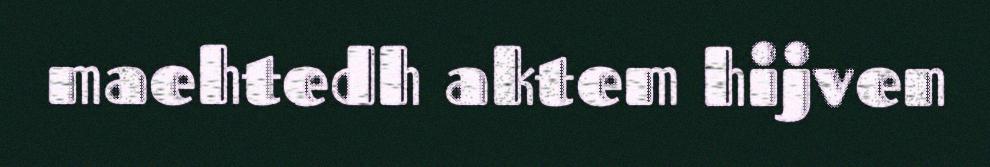
maehtedh aktem hijven